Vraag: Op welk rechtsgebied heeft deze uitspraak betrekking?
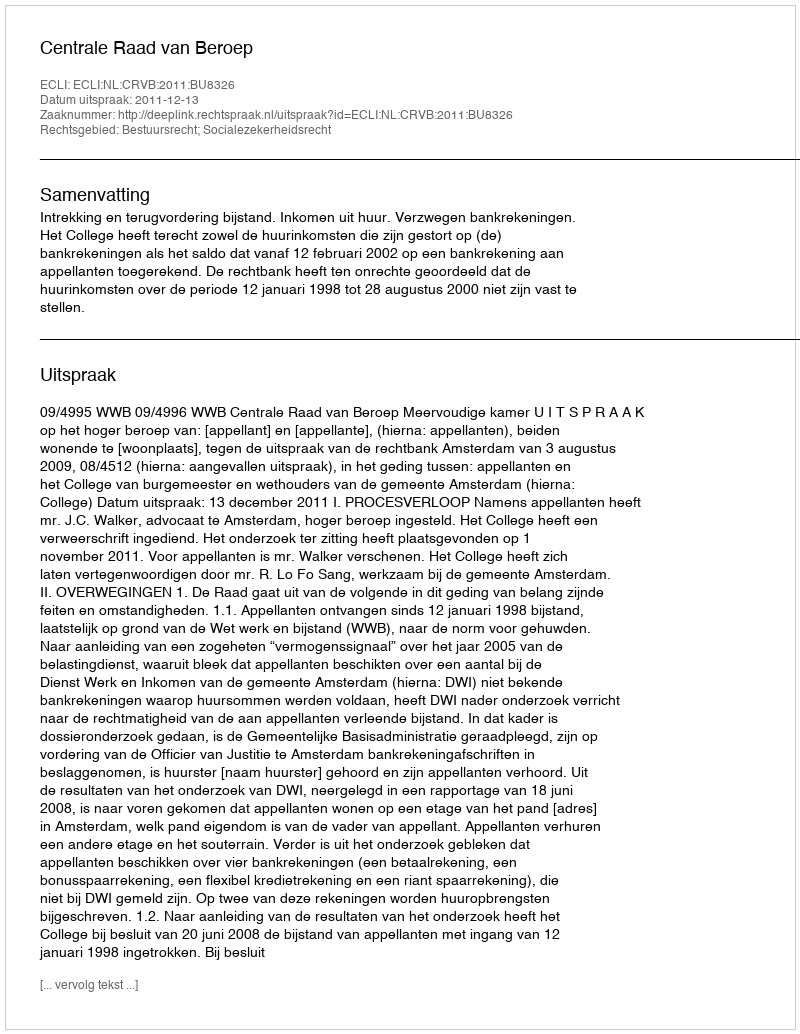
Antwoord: Bestuursrecht; Socialezekerheidsrecht